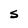
Character: s